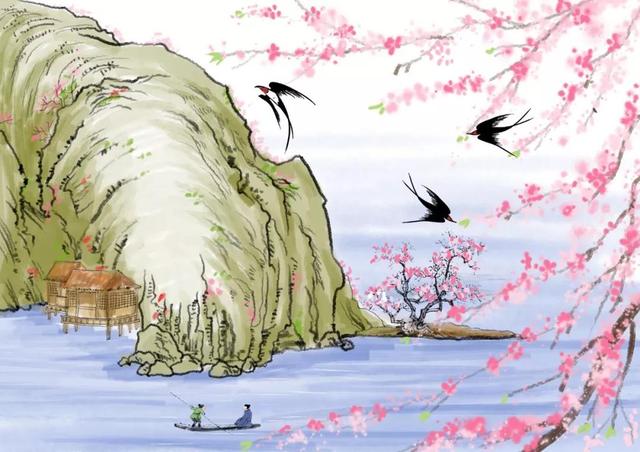
枕簟溪堂冷欲秋。断云依水晚来收。